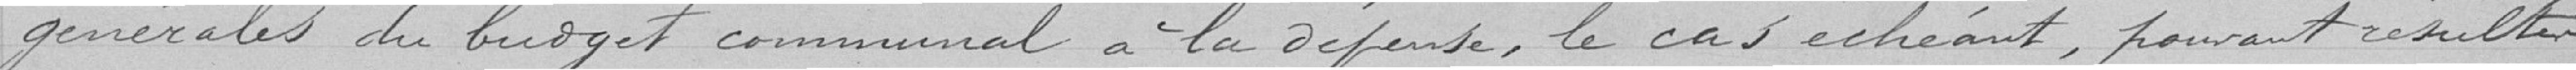
générales du budget communal à la dépense, le cas échéant, pouvant résulter